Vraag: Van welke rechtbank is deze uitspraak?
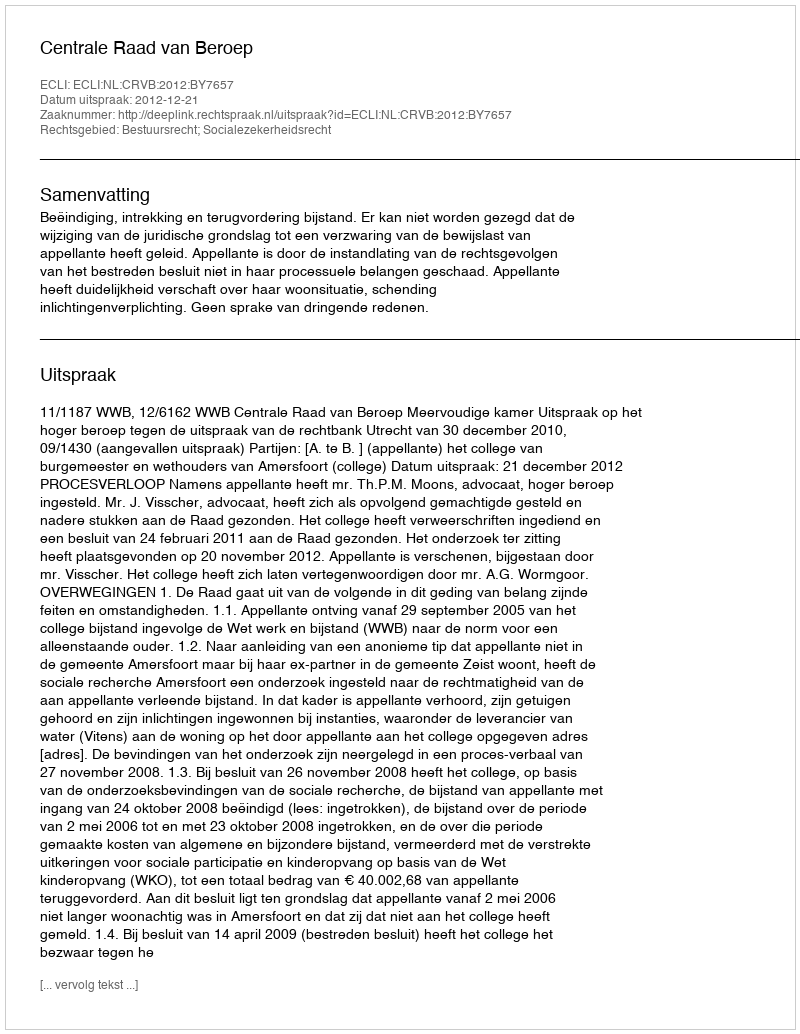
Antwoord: Centrale Raad van Beroep